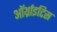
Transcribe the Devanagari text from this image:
ऑर्थ्राइटिस